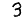
Digit: 3